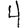
Digit: 4